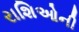
રાશિઓની